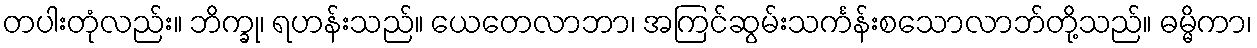
တပါးတုံလည်း။ ဘိက္ခု၊ ရဟန်းသည်။ ယေတေလာဘာ၊ အကြင်ဆွမ်းသင်္ကန်းစသောလာဘ်တို့သည်။ ဓမ္မိကာ၊